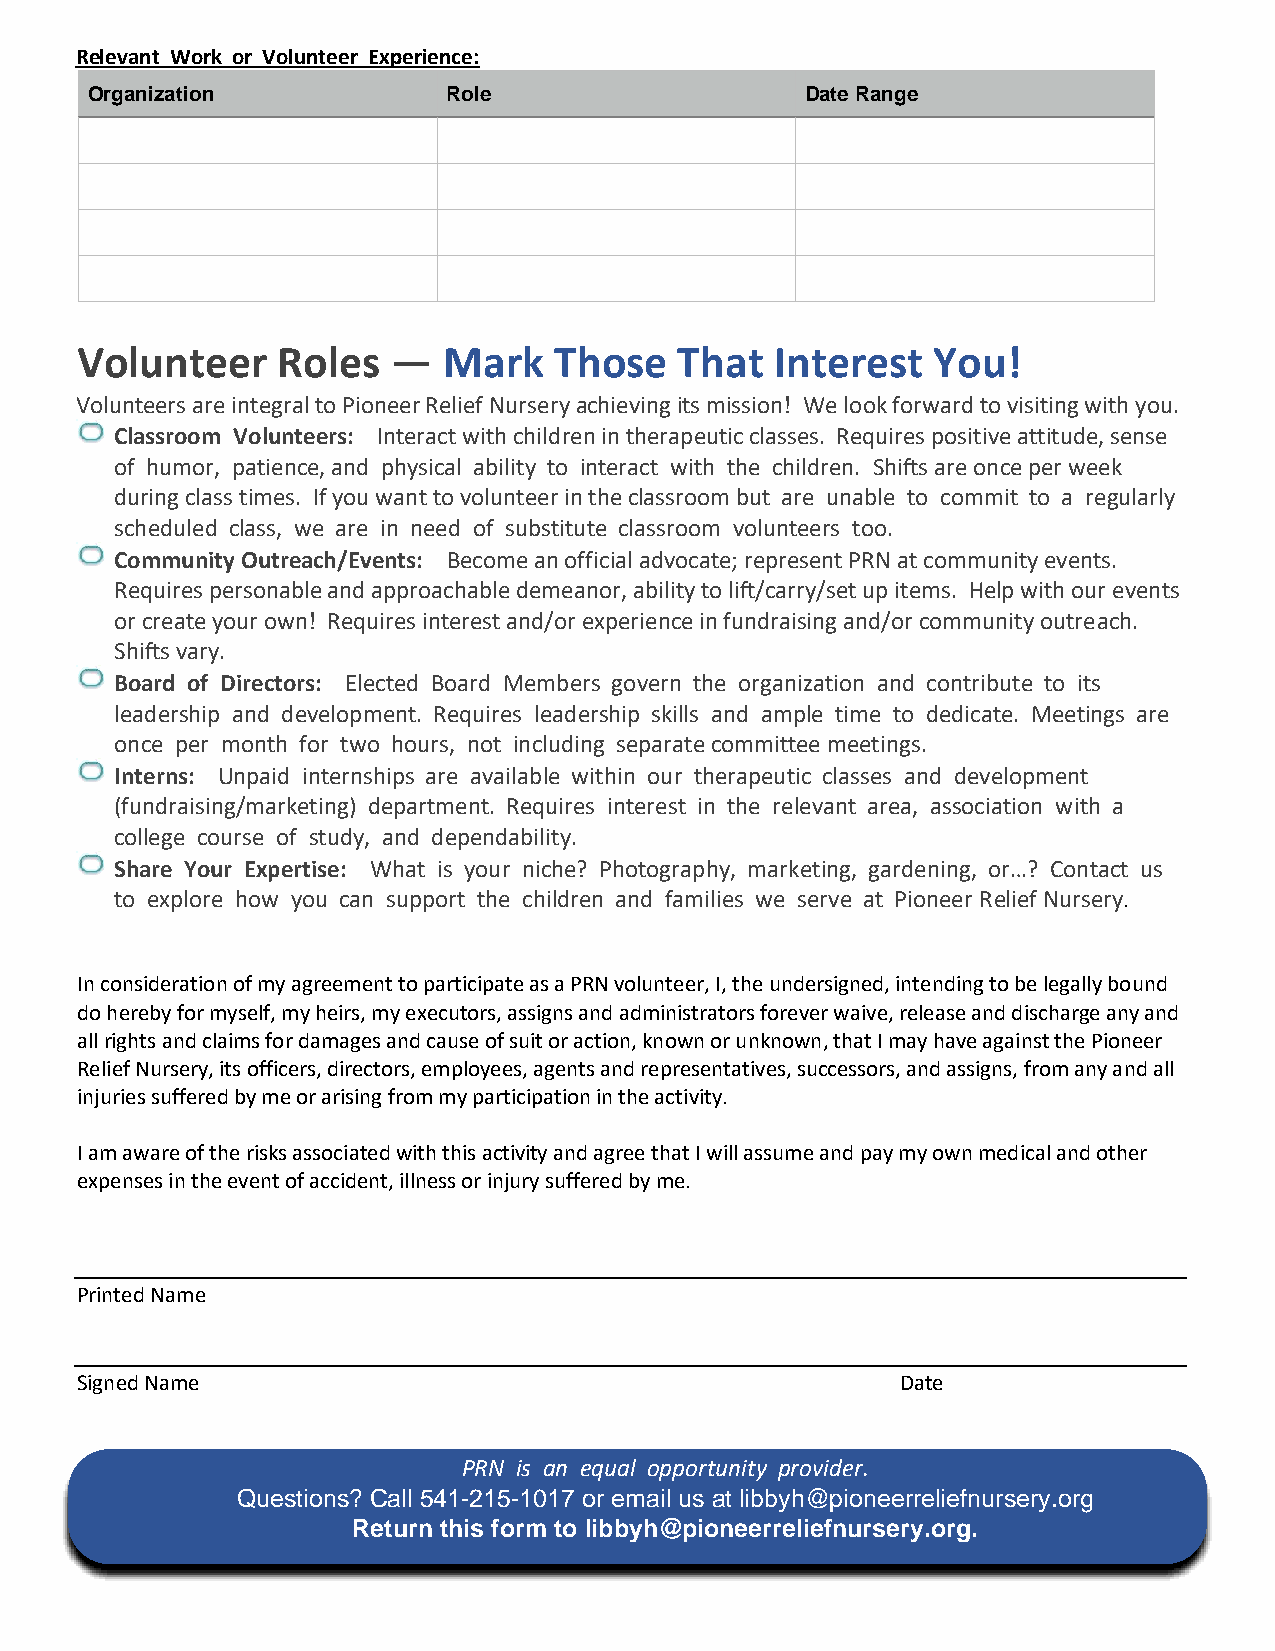
Relevant Work or Volunteer Experience:
 Organization            Role                   Date Range
 ol
 Volunteer    Roles   —  Mark    Those   That  Interest   You!
 Volunteers are integral to Pioneer Relief Nursery achieving its mission! We look forward to visiting with you.
 Classroom Volunteers: Interact with children in therapeutic classes. Requires positive attitude, sense
 of humor, patience, and physical ability to interact with the children. Shifts are once per week
 during class times. If you want to volunteer in the classroom but are unable to commit to a regularly
 scheduled class, we are in need of substitute classroom volunteers too.
 Community Outreach/Events: Become an official advocate; represent PRN at community events.
 Requires personable and approachable demeanor, ability to lift/carry/set up items. Help with our events
 or create your own! Requires interest and/or experience in fundraising and/or community outreach.
 Shifts vary.
 Board of Directors: Elected Board Members govern the organization and contribute to its
 leadership and development. Requires leadership skills and ample time to dedicate. Meetings are
 once per month for two hours, not including separate committee meetings.
 Interns: Unpaid internships are available within our therapeutic classes and development
 (fundraising/marketing) department. Requires interest in the relevant area, association with a
 college course of study, and dependability.
 Share Your Expertise: What is your niche? Photography, marketing, gardening, or…? Contact us
 to explore how you can support the children and families we serve at Pioneer Relief Nursery.
 In consideration of my agreement to participate as a PRN volunteer, I, the undersigned, intending to be legally bound
 do hereby for myself, my heirs, my executors, assigns and administrators forever waive, release and discharge any and
 all rights and claims for damages and cause of suit or action, known or unknown, that I may have against the Pioneer
 Relief Nursery, its officers, directors, employees, agents and representatives, successors, and assigns, from any and all
 injuries suffered by me or arising from my participation in the activity.
 I am aware of the risks associated with this activity and agree that I will assume and pay my own medical and other
 expenses in the event of accident, illness or injury suffered by me.
 Printed Name
 Signed Name                                            Date
 PRN is an equal opportunity provider.
 Questions? Call 541-215-1017 or email us at libbyh@pioneerreliefnursery.org
 Return this form to libbyh@pioneerreliefnursery.org.